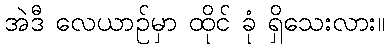
အဲဒီ လေယာဉ်မှာ ထိုင် ခုံ ရှိသေးလား။